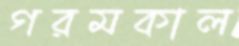
গরমকাল